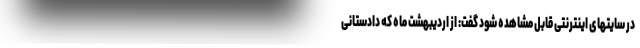
در سایتهای اینترنتی قابل مشاهده شود گفت: از اردیبهشت ماه که دادستانی